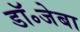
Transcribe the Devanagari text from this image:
डॉ॰जेबा